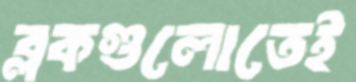
ব্লকগুলোতেই